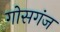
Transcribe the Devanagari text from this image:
गोसगंज